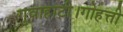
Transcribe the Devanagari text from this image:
गुवाहाटी।गोहत्ती